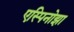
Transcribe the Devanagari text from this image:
एस्पिनोझा